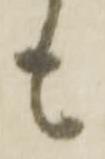
も